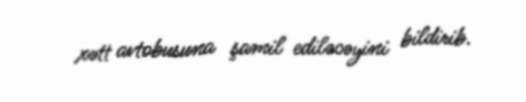
xətt avtobusuna şamil ediləcəyini bildirib.